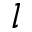
l